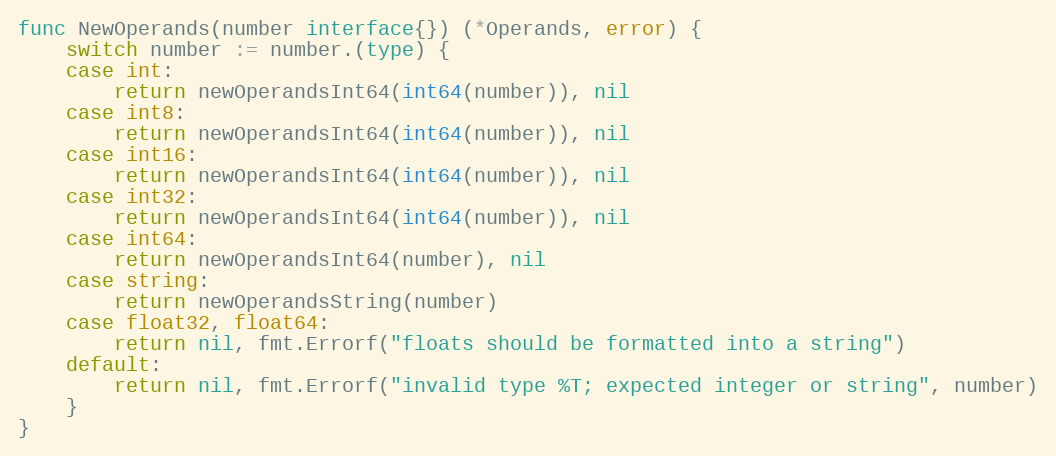
Language: Go
func NewOperands(number interface{}) (*Operands, error) {
	switch number := number.(type) {
	case int:
		return newOperandsInt64(int64(number)), nil
	case int8:
		return newOperandsInt64(int64(number)), nil
	case int16:
		return newOperandsInt64(int64(number)), nil
	case int32:
		return newOperandsInt64(int64(number)), nil
	case int64:
		return newOperandsInt64(number), nil
	case string:
		return newOperandsString(number)
	case float32, float64:
		return nil, fmt.Errorf("floats should be formatted into a string")
	default:
		return nil, fmt.Errorf("invalid type %T; expected integer or string", number)
	}
}